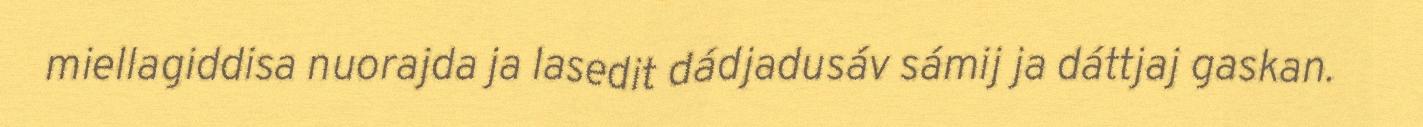
miellagiddisa nuorajda ja lasedit dádjadusáv sámij ja dáttjaj gaskan.